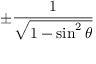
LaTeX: \pm { \frac { 1 } { \sqrt { 1 - \sin ^ { 2 } \theta } } }